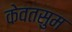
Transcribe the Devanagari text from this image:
केवतसुम